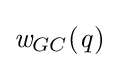
{\mathit {w}}_{GC}({\mathit {q}})